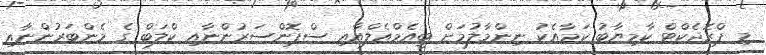
މި ޕްރޮޖެކްޓް ކާމިޔާބު ކަމާއެކު ނިންމާލުމަށް ބީއެމްއެލްއާއި ސްޕޮންސަރުންނާއި ކްލަބް ގެ މެންބަރުންނާއި